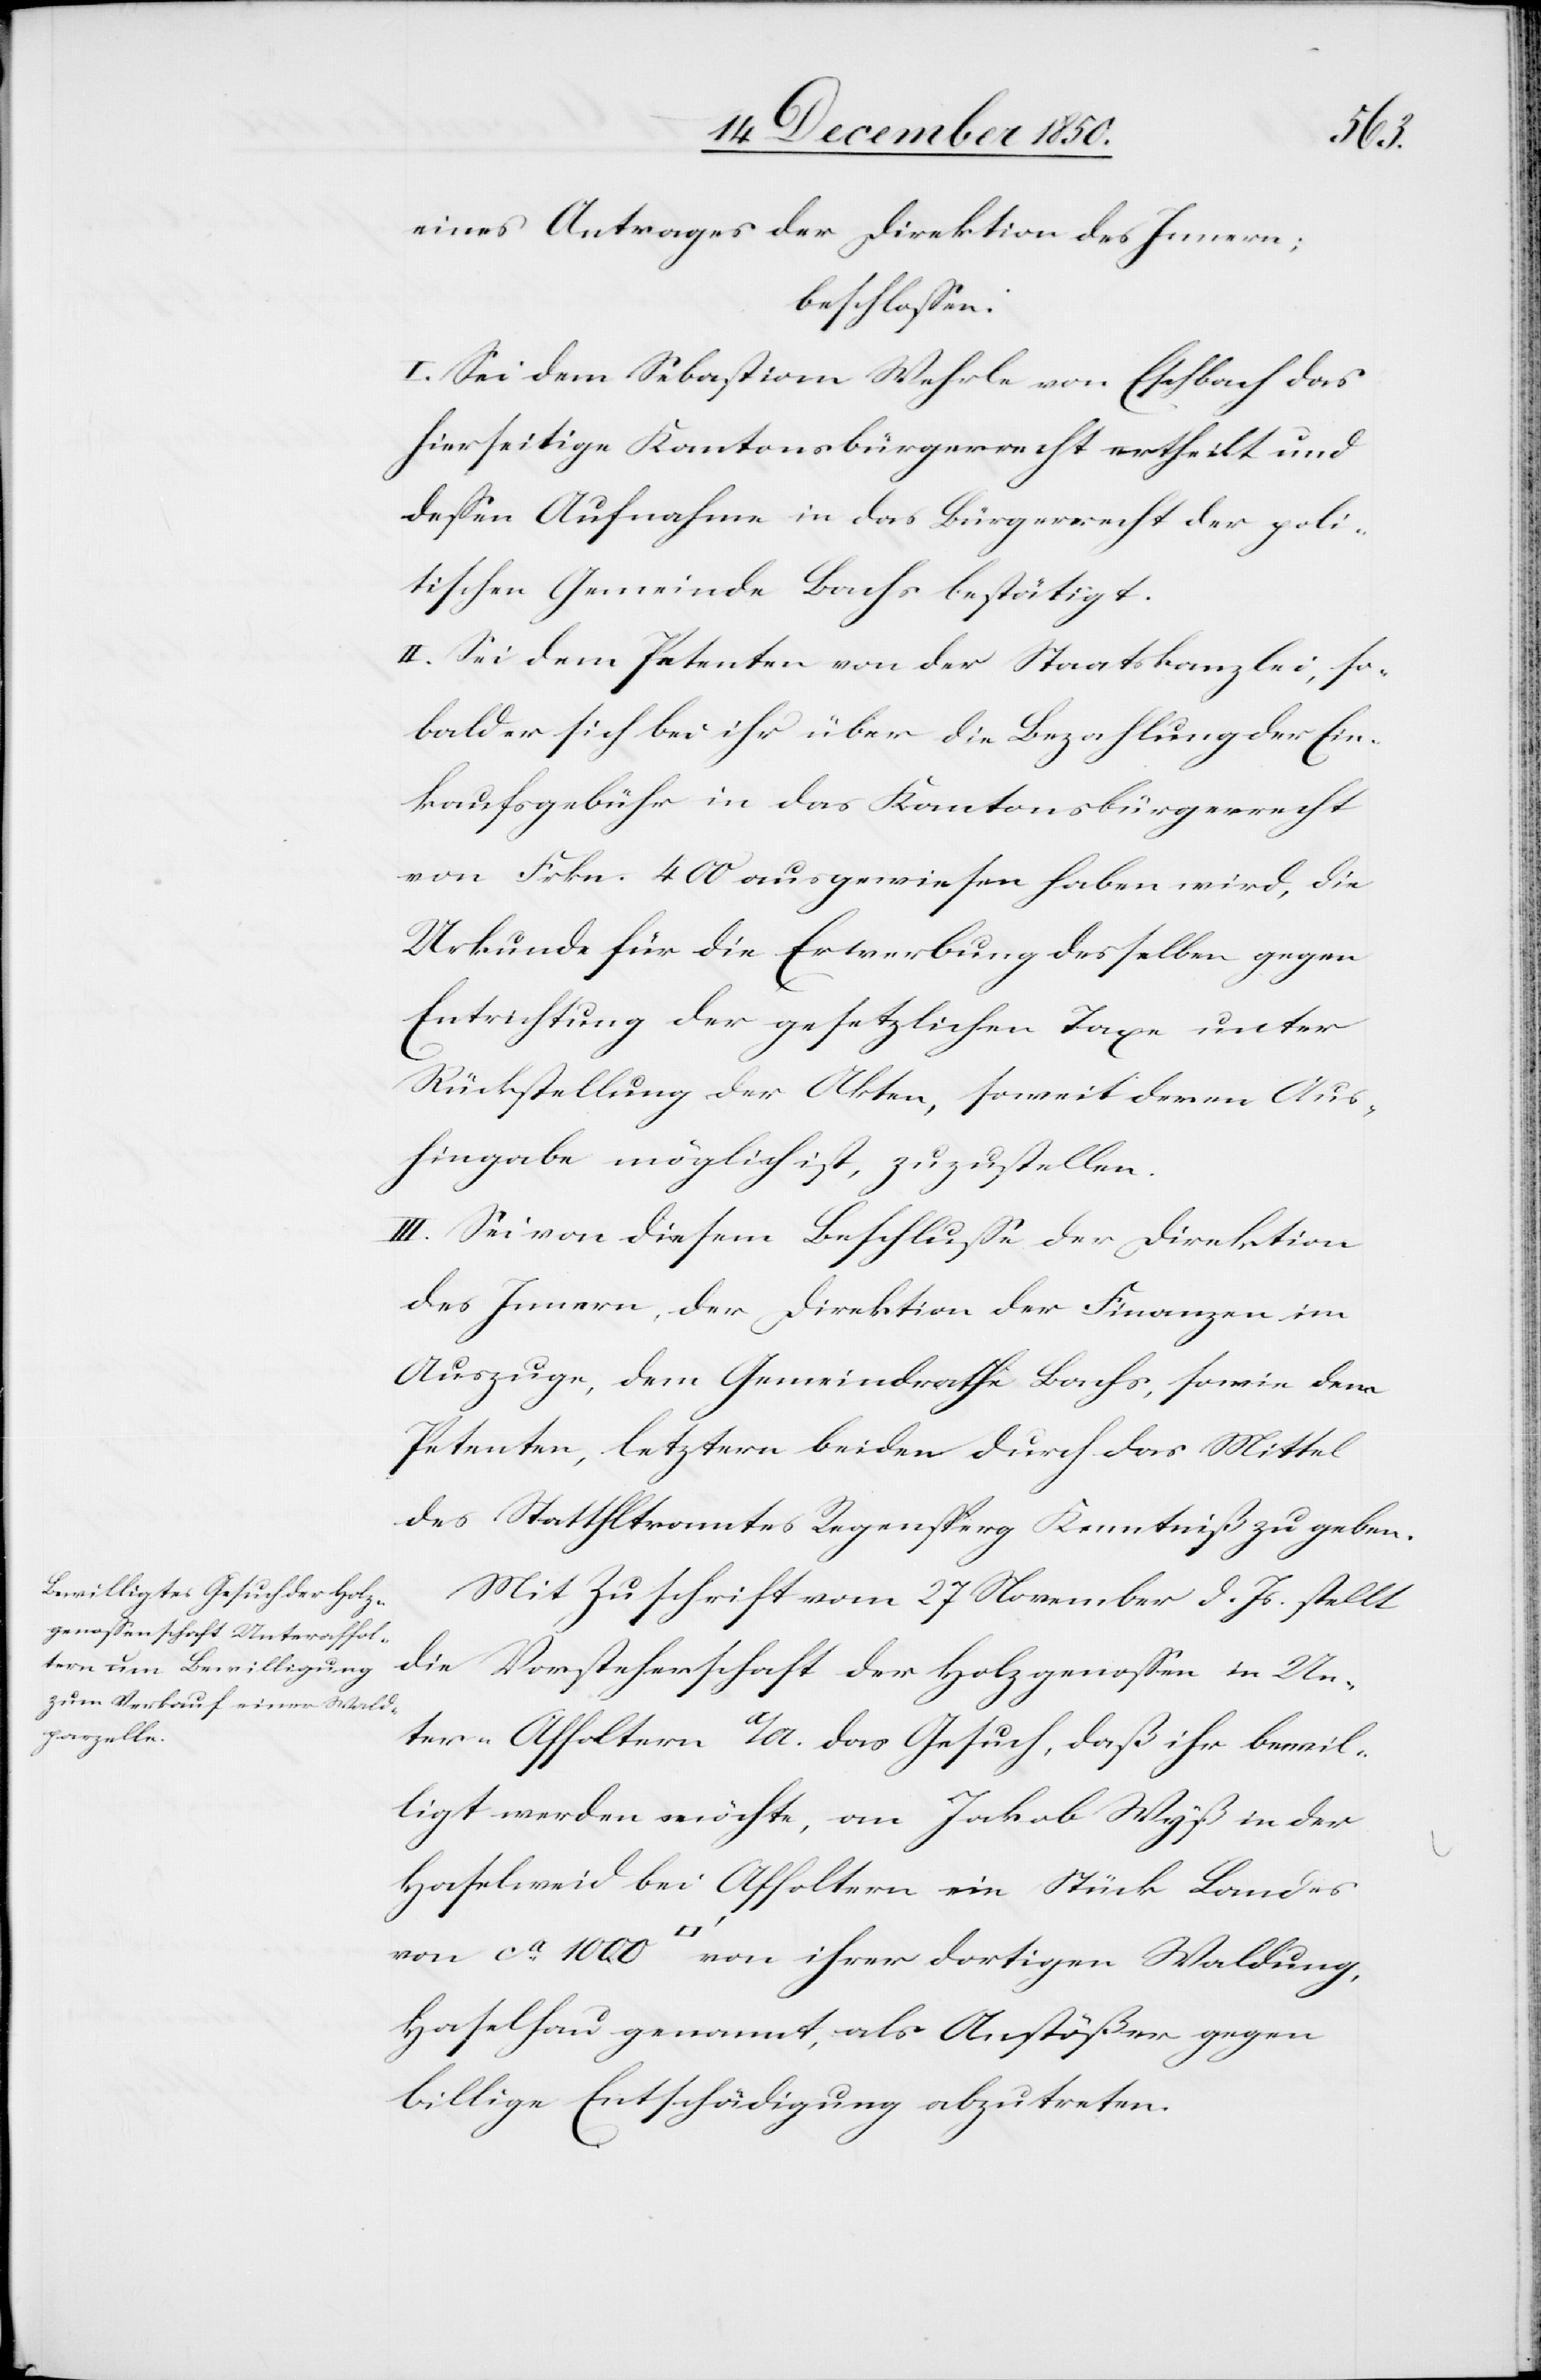
dung,
eines Antrages der Direktion des Innern;
beschlossen:
I. Sei dem Sebastian Wehrle von Eschbach das
hierseitige Kantonsbürgerrecht ertheilt und
dessen Aufnahme in das Bürgerrecht der poli¬
tischen Gemeinde Bachs bestätigt.
II. Sei dem Petenten von der Staatskanzlei, so¬
bald er sich bei ihr über die Bezahlung der Ein¬
kaufsgebühr in das Kantonsbürgerrecht
von Frkn. 400 ausgewiesen haben wird, die
Urkunde für die Erwerbung desselben gegen
Entrichtung der gesetzlichen Taxe unter
Rückstellung der Akten, soweit deren Aus¬
hingabe möglich ist, zuzustellen.
III. Sei von diesem Beschlusse der Direktion
des Innern, der Direktion der Finanzen im
Auszuge, dem Gemeindrathe Bachs, sowie dem
Petenten, letztern beiden durch das Mittel
des Statthalteramtes Regensperg Kenntniß zu geben.
Mit Zuschrift vom 27 November d. Js. stellt
die Vorsteherschaft der Holzgenossen in Un¬
ter-Affoltern a/A. das Gesuch, daß ihr bewil¬
ligt werden möchte, an Jakob Wyß in der
Haselweid bei Affoltern ein Stück Landes
Haselhau genannt, als Anstößer gegen
billige Entschädigung abzutreten.